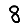
Digit: 8